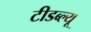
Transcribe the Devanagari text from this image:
टीडब्‍ल्‍यू